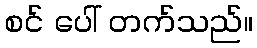
စင် ပေါ် တက်သည်။